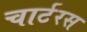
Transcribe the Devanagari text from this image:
चार्टरस